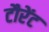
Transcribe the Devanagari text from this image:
टौरेंट